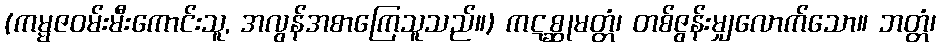
(ကမ္မဇဝမ်းမီးကောင်းသူ, အလွန်အစာကြေသူသည်။) ကဋစ္ဆုမတ္တံ၊ တစ်ဇွန်းမျှလောက်သော။ ဘတ္တံ၊